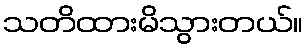
သတိထားမိသွားတယ်။